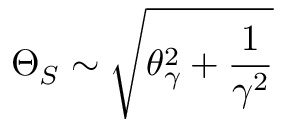
\Theta _ { S } \sim \sqrt { \theta _ { \gamma } ^ { 2 } + \frac { 1 } { \gamma ^ { 2 } } }